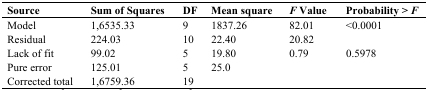
<table><thead><tr><td><b>Source</b></td><td><b>Sum of Squares</b></td><td><b>DF</b></td><td><b>Mean square</b></td><td><b><i>F</i> Value</b></td><td><b>Probability &gt; <i>F</i></b></td></tr></thead><tbody><tr><td>Model</td><td>1,6535.33</td><td>9</td><td>1837.26</td><td>82.01</td><td>&lt;0.0001</td></tr><tr><td>Residual</td><td>224.03</td><td>10</td><td>22.40</td><td>20.82</td><td></td></tr><tr><td>Lack of fit</td><td>99.02</td><td>5</td><td>19.80</td><td>0.79</td><td>0.5978</td></tr><tr><td>Pure error</td><td>125.01</td><td>5</td><td>25.0</td><td></td><td></td></tr><tr><td>Corrected total</td><td>1,6759.36</td><td>19</td><td></td><td></td><td></td></tr></tbody></table>